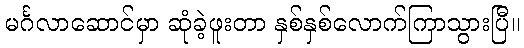
မင်္ဂလာဆောင်မှာ ဆုံခဲ့ဖူးတာ နှစ်နှစ်လောက်ကြာသွားပြီ။